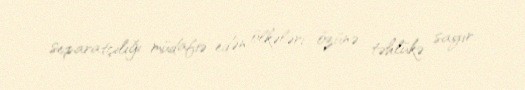
separatçılığı müdafiə edən ölkələri özünə təhlükə sayır.